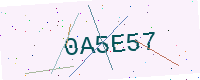
Text: 0A5E57